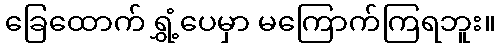
ခြေထောက် ရွှံ့ပေမှာ မကြောက်ကြရဘူး။